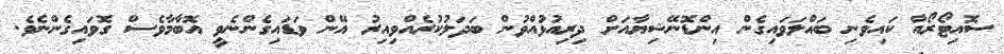
ސޮއިޓޯރޯއާ ކައިވެނި ބައްލަވައިގެން އިންޑޮނޭޝިޔާއަށް ދިރިއުޅުއްވުން ބަދަލުކުރެއްވިއިރު އޭން ވަޑައިގެންނެވީ އޮބާމާވެސް ގޮވައިގެންނެވެ.